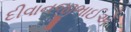
દીવાનજીભાઈએ